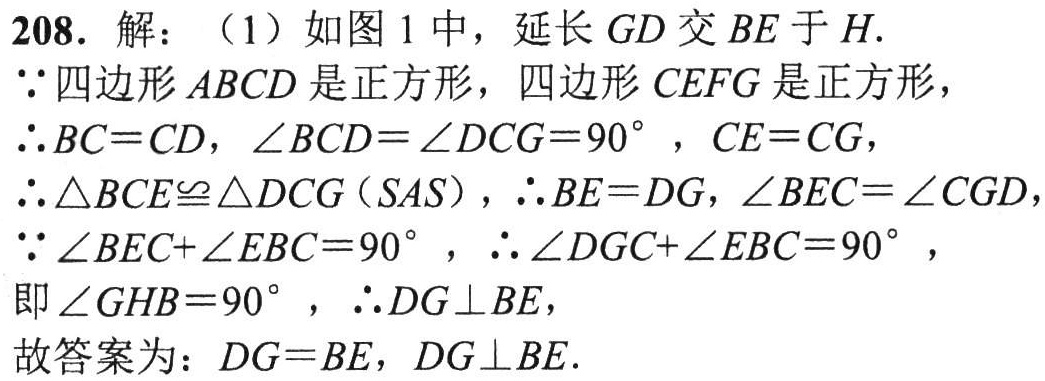
208. 解：（1）如图 1 中，延长 \(GD\) 交 \(BE\) 于 \(H\).
\(\because\)四边形 \(ABCD\) 是正方形，四边形 \(CEFG\) 是正方形，
\(\therefore BC = CD\)，\(\angle BCD=\angle DCG = 90^{\circ}\)，\(CE = CG\)，
\(\therefore\triangle BCE\cong\triangle DCG(SAS)\)，\(\therefore BE = DG\)，\(\angle BEC=\angle CGD\)，
\(\because\angle BEC+\angle EBC = 90^{\circ}\)，\(\therefore\angle DGC+\angle EBC = 90^{\circ}\)，
即\(\angle GHB = 90^{\circ}\)，\(\therefore DG\perp BE\)，
故答案为：\(DG = BE\)，\(DG\perp BE\).